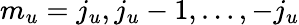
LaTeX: m_{u}=j_{u},j_{u}-1,\ldots,-j_{u}